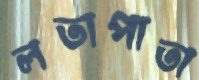
লতাপাতা